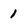
Character: 1